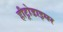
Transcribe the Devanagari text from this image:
हीट्रोडाइमर